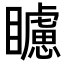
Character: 𥌠